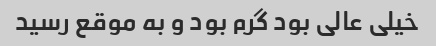
خیلی عالی بود گرم بود و به موقع رسید